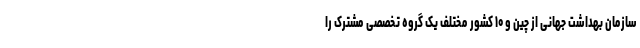
سازمان بهداشت جهانی از چین و ۱۰ کشور مختلف یک گروه تخصصی مشترک را